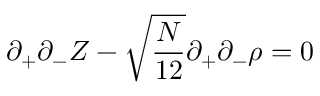
\partial _ { + } \partial _ { - } Z - \sqrt { \frac { N } { 1 2 } } \partial _ { + } \partial _ { - } \rho = 0